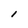
Character: l